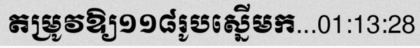
តម្រូវឱ្យ១១៨រូបស្នើមក...01:13:28